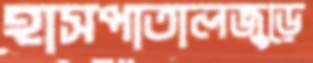
হাসপাতালজুড়ে